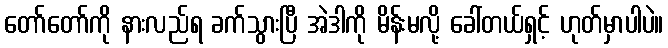
တော်တော်ကို နားလည်ရ ခက်သွားပြီ အဲဒါကို မိန်းမလို့ ခေါ်တယ်ရှင့် ဟုတ်မှာပါပဲ။